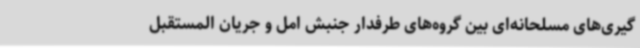
گیری‌های مسلحانه‌ای بین گروه‌های طرفدار جنبش امل و جریان المستقبل